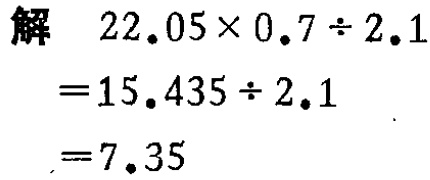
解
\[
\begin{align*}
&22.05\times0.7\div2.1\\
=&15.435\div2.1\\
=&7.35
\end{align*}
\]